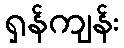
ရှန်ကျန်း